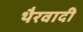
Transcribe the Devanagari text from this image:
थैरवादी